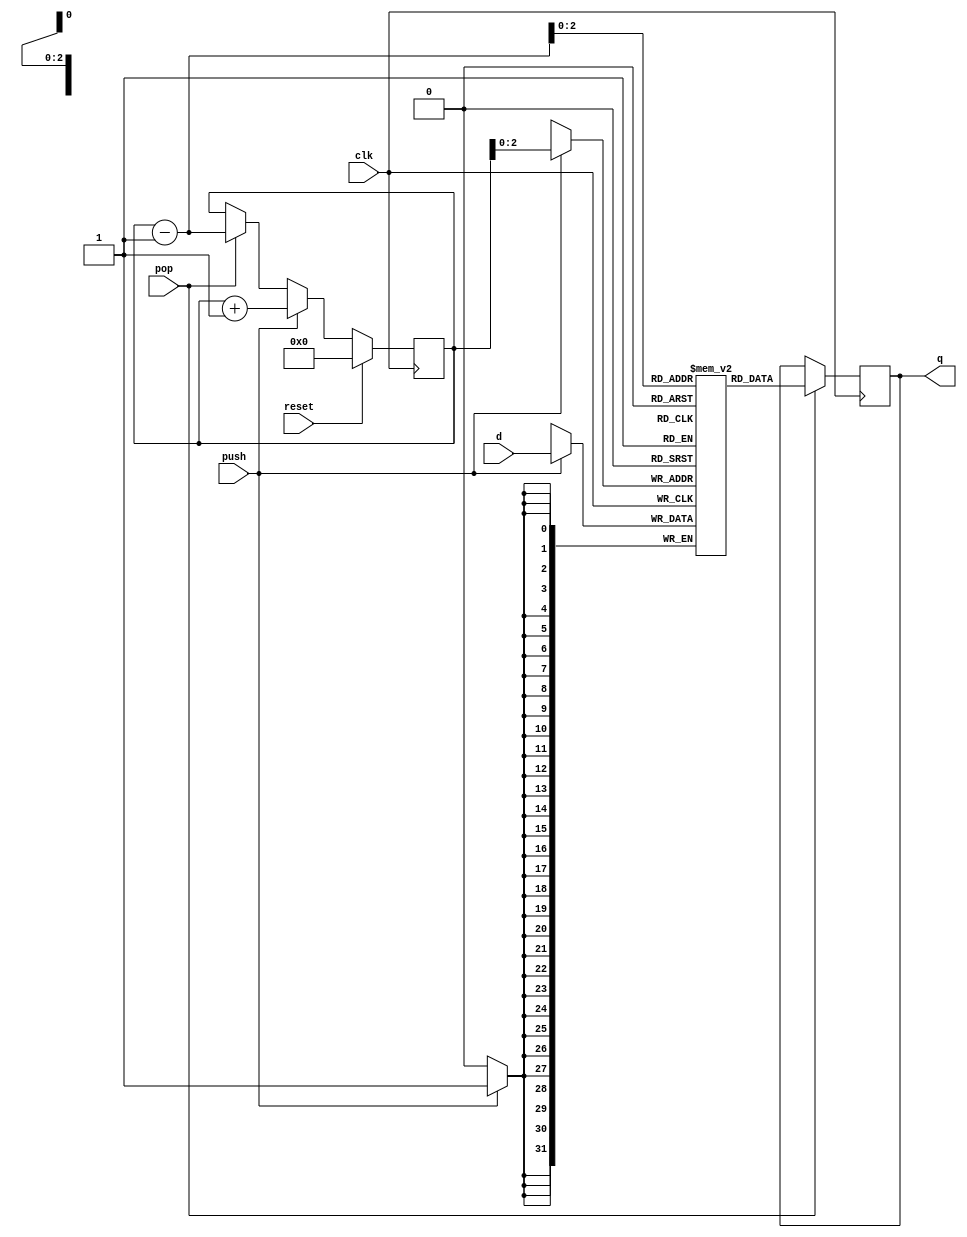
module Stack (
	clk,
	reset,
	q,
	d,
	push,
	pop
);

	parameter WIDTH = 32;
	parameter DEPTH = 7;

	input                    clk;
	input                    reset;
	input      [WIDTH - 1:0] d;
	output reg [WIDTH - 1:0] q;
	input                    push;
	input                    pop;

	reg [DEPTH - 1:0] ptr;
	reg [WIDTH - 1:0] stack [0:DEPTH - 1];

	always @(posedge clk) begin
		if (reset)
			ptr <= 0;
		else if (push)
			ptr <= ptr + 1;
		else if (pop)
			ptr <= ptr - 1;
	end

	always @(posedge clk) begin
		if (push) begin
			stack[ptr] <= d;
		end
		
		if (pop) begin
			q <= stack[ptr - 1];
		end
		
	end

endmodule